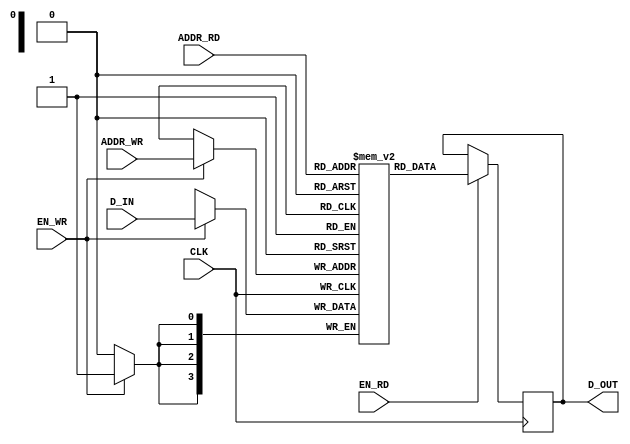
`timescale 1ns / 1ps
//////////////////////////////////////////////////////////////////////////////////
// Company: 
// Engineer: 
// 
// Design Name: 
// Module Name: RAM
// Project Name: 
// Target Devices: 
// Tool Versions: 
// Description: 
// 
// Dependencies: 
// 
// Revision:
// Revision 0.01 - File Created
// Additional Comments:
// 
//////////////////////////////////////////////////////////////////////////////////


module DUAL_PORT_RAM (CLK, EN_WR, EN_RD, ADDR_WR, ADDR_RD, D_IN, D_OUT);
parameter DATA_WIDTH=4;
parameter ADDR_WIDTH=1;
parameter DEPTH=2;
input CLK, EN_WR, EN_RD;
input [ADDR_WIDTH-1:0] ADDR_WR;
input [ADDR_WIDTH-1:0] ADDR_RD;
input [DATA_WIDTH-1:0] D_IN;
output [DATA_WIDTH-1:0] D_OUT;

reg [DATA_WIDTH-1:0] mem [DEPTH-1:0];
reg [DATA_WIDTH-1:0] OUT;

always @(posedge CLK)
begin
if (EN_WR==1'b1)
mem[ADDR_WR] <= D_IN;
end

always @(posedge CLK)
begin
if (EN_RD==1'b1)
OUT <= mem[ADDR_RD];
end

assign D_OUT = OUT;
endmodule